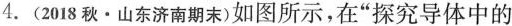
4.(2018秋·山东济南期末)如图所示，在“探究导体中的